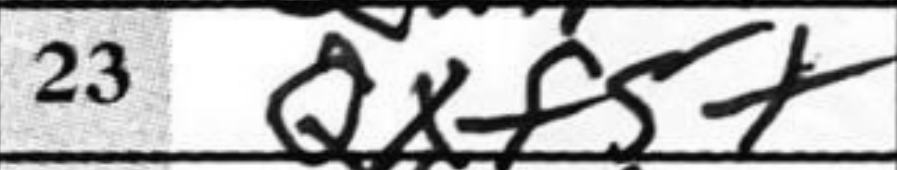
Transcription: Qxf5+